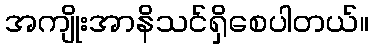
အကျိုးအာနိသင်ရှိစေပါတယ်။